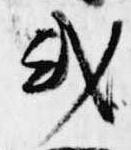
或